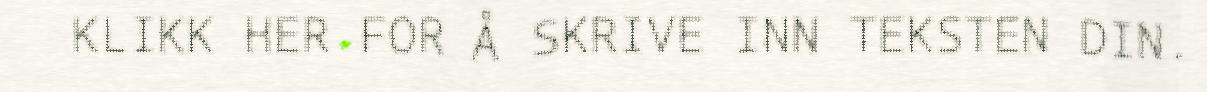
KLIKK HER FOR Å SKRIVE INN TEKSTEN DIN.